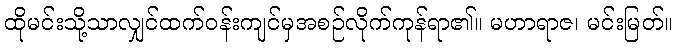
ထိုမင်းသို့သာလျှင်ထက်ဝန်းကျင်မှအစဉ်လိုက်ကုန်ရာ၏။ မဟာရာဇ၊ မင်းမြတ်။